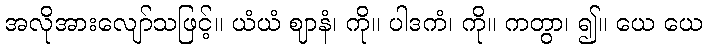
အလိုအားလျော်သဖြင့်။ ယံယံ ဈာနံ၊ ကို။ ပါဒကံ၊ ကို။ ကတွာ၊ ၍။ ယေ ယေ